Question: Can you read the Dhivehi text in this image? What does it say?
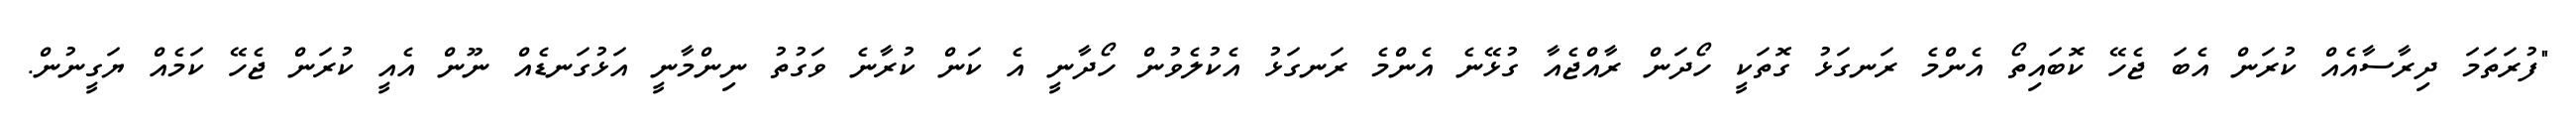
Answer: "ފުރަތަމަ ދިރާސާއެއް ކުރަން އެބަ ޖެހޭ ކޮބައިތޯ އެންމެ ރަނގަޅު ގޮތަކީ ހޯދަން ރާއްޖެއާ ގުޅޭނެ އެންމެ ރަނގަޅު އެކުލެވުން ހޯދާނީ އެ ކަން ކުރާނެ ވަގުތު ނިންމާނީ އަޅުގަނޑެއް ނޫން އެއީ ކުރަން ޖެހޭ ކަމެއް ޔަގީނުން.